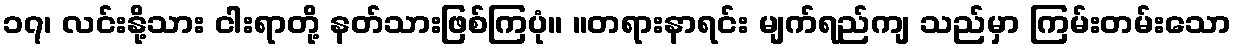
၁၇၊ လင်းနို့သား ငါးရာတို့ နတ်သားဖြစ်ကြပုံ။ ။တရားနာရင်း မျက်ရည်ကျ သည်မှာ ကြမ်းတမ်းသော